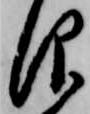
仰